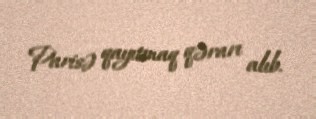
Parisə qayıtmaq qərarı alıb.